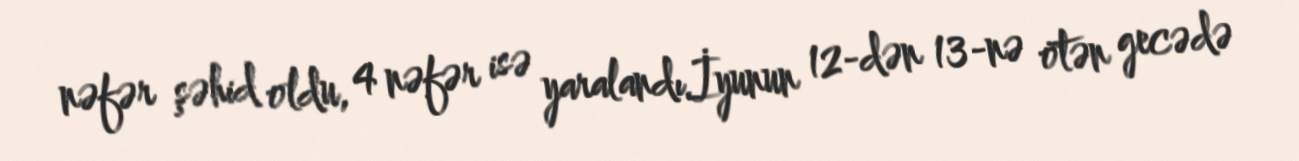
nəfər şəhid oldu, 4 nəfər isə yaralandı.İyunun 12-dən 13-nə ötən gecədə